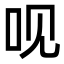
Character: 𠯟